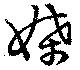
媟